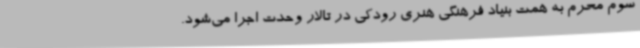
سوم محرم به همت بنیاد فرهنگی هنری رودکی در تالار وحدت اجرا می‌شود.